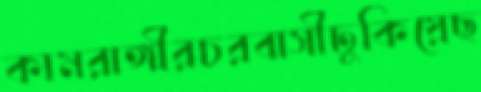
কামরাঙ্গীরচরবাসীঢুকিয়েছ